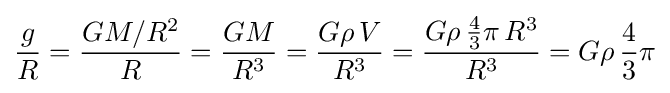
{\frac {g}{R}}={\frac {GM/R^{2}}{R}}={\frac {GM}{R^{3}}}={\frac {G\rho \,V}{R^{3}}}={\frac {G\rho \,{\frac {4}{3}}\pi \,R^{3}}{R^{3}}}=G\rho \,{\frac {4}{3}}\pi